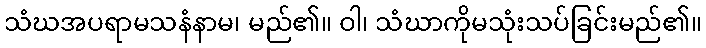
သံဃအပရာမသနံနာမ၊ မည်၏။ ဝါ၊ သံဃာကိုမသုံးသပ်ခြင်းမည်၏။